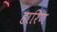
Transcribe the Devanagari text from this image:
हारिण